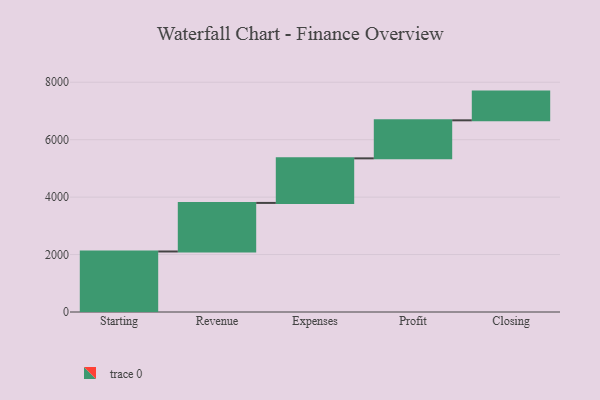
{"axis": {"x": "Step", "y": "Value"}, "legend": [""], "data": [{"x": "Starting", "y": 2107.0, "type": ""}, {"x": "Revenue", "y": 1691.0, "type": ""}, {"x": "Expenses", "y": 1552.0, "type": ""}, {"x": "Profit", "y": 1324.0, "type": ""}, {"x": "Closing", "y": 1000, "type": ""}]}